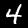
Digit: 4